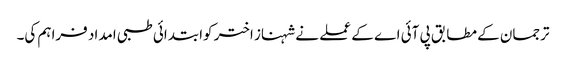
ترجمان کے مطابق پی آئی اے کے عملے نے شہناز اختر کوابتدائی طبی امداد فراہم کی۔